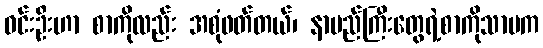
ဝင်းဦးဟာ စာကိုလည်း အစုံဖတ်တယ်၊ နာမည်ကြီးတွေရဲ့စာကိုသာမက